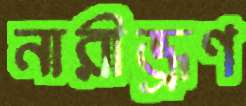
নারীভ্রূণ